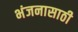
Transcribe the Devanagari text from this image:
भंजनासाठी